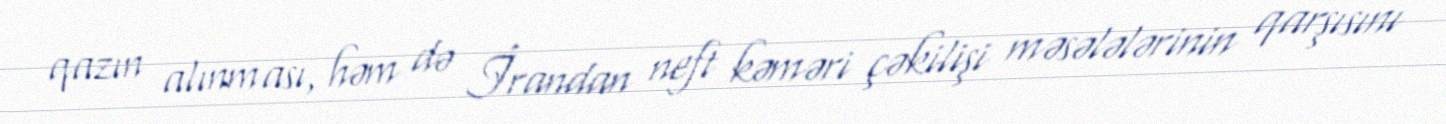
qazın alınması, həm də İrandan neft kəməri çəkilişi məsələlərinin qarşısını